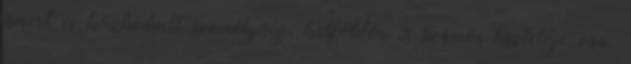
ismert és közkedvelt személyiség, külföldön is számos tisztelője van.